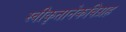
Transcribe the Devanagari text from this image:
स्वीकृतानेकविग्रह